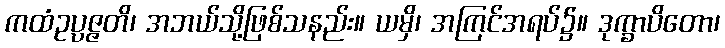
ကထံဥပ္ပဇ္ဇတိ၊ အဘယ်သို့ဖြစ်သနည်း။ ယမှိ၊ အကြင်အရပ်၌။ ဒုက္ခာပိတော၊